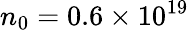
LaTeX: n_{0}=0.6\times 10^{19}